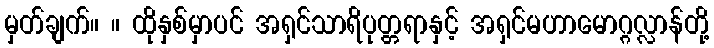
မှတ်ချက်။ ။ ထိုနှစ်မှာပင် အရှင်သာရိပုတ္တရာနှင့် အရှင်မဟာမောဂ္ဂလ္လာန်တို့